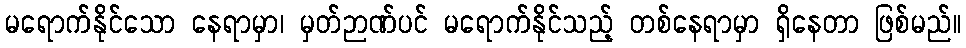
မရောက်နိုင်သော နေရာမှာ၊ မှတ်ဉာဏ်ပင် မရောက်နိုင်သည့် တစ်နေရာမှာ ရှိနေတာ ဖြစ်မည်။